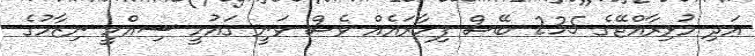
އަދި މުޅިރާއްޖޭގެ 235 ބޭސް ފިހާރައެއް ވެސް ވަނީ ގައުމީ ސިއްހީ ނިޒާމުގެ